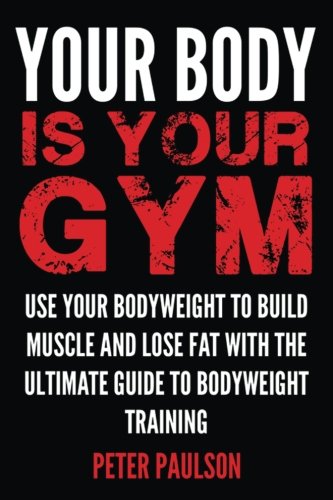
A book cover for Your Body is Your Gym: Use Your Bodyweight to Build Muscle and Lose Fat With the Ultimate Guide to Bodyweight Training; Peter Paulson; Health, Fitness & Dieting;